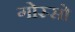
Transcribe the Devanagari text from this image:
गोस्सो